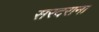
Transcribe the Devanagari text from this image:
सरदराना